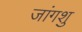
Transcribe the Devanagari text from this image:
जांगशु